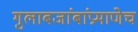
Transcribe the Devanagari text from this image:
गुलाबजांबांप्रमाणेच